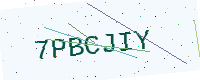
Text: 7PBCJIY